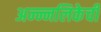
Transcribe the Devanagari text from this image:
अन्न्नलिकेची